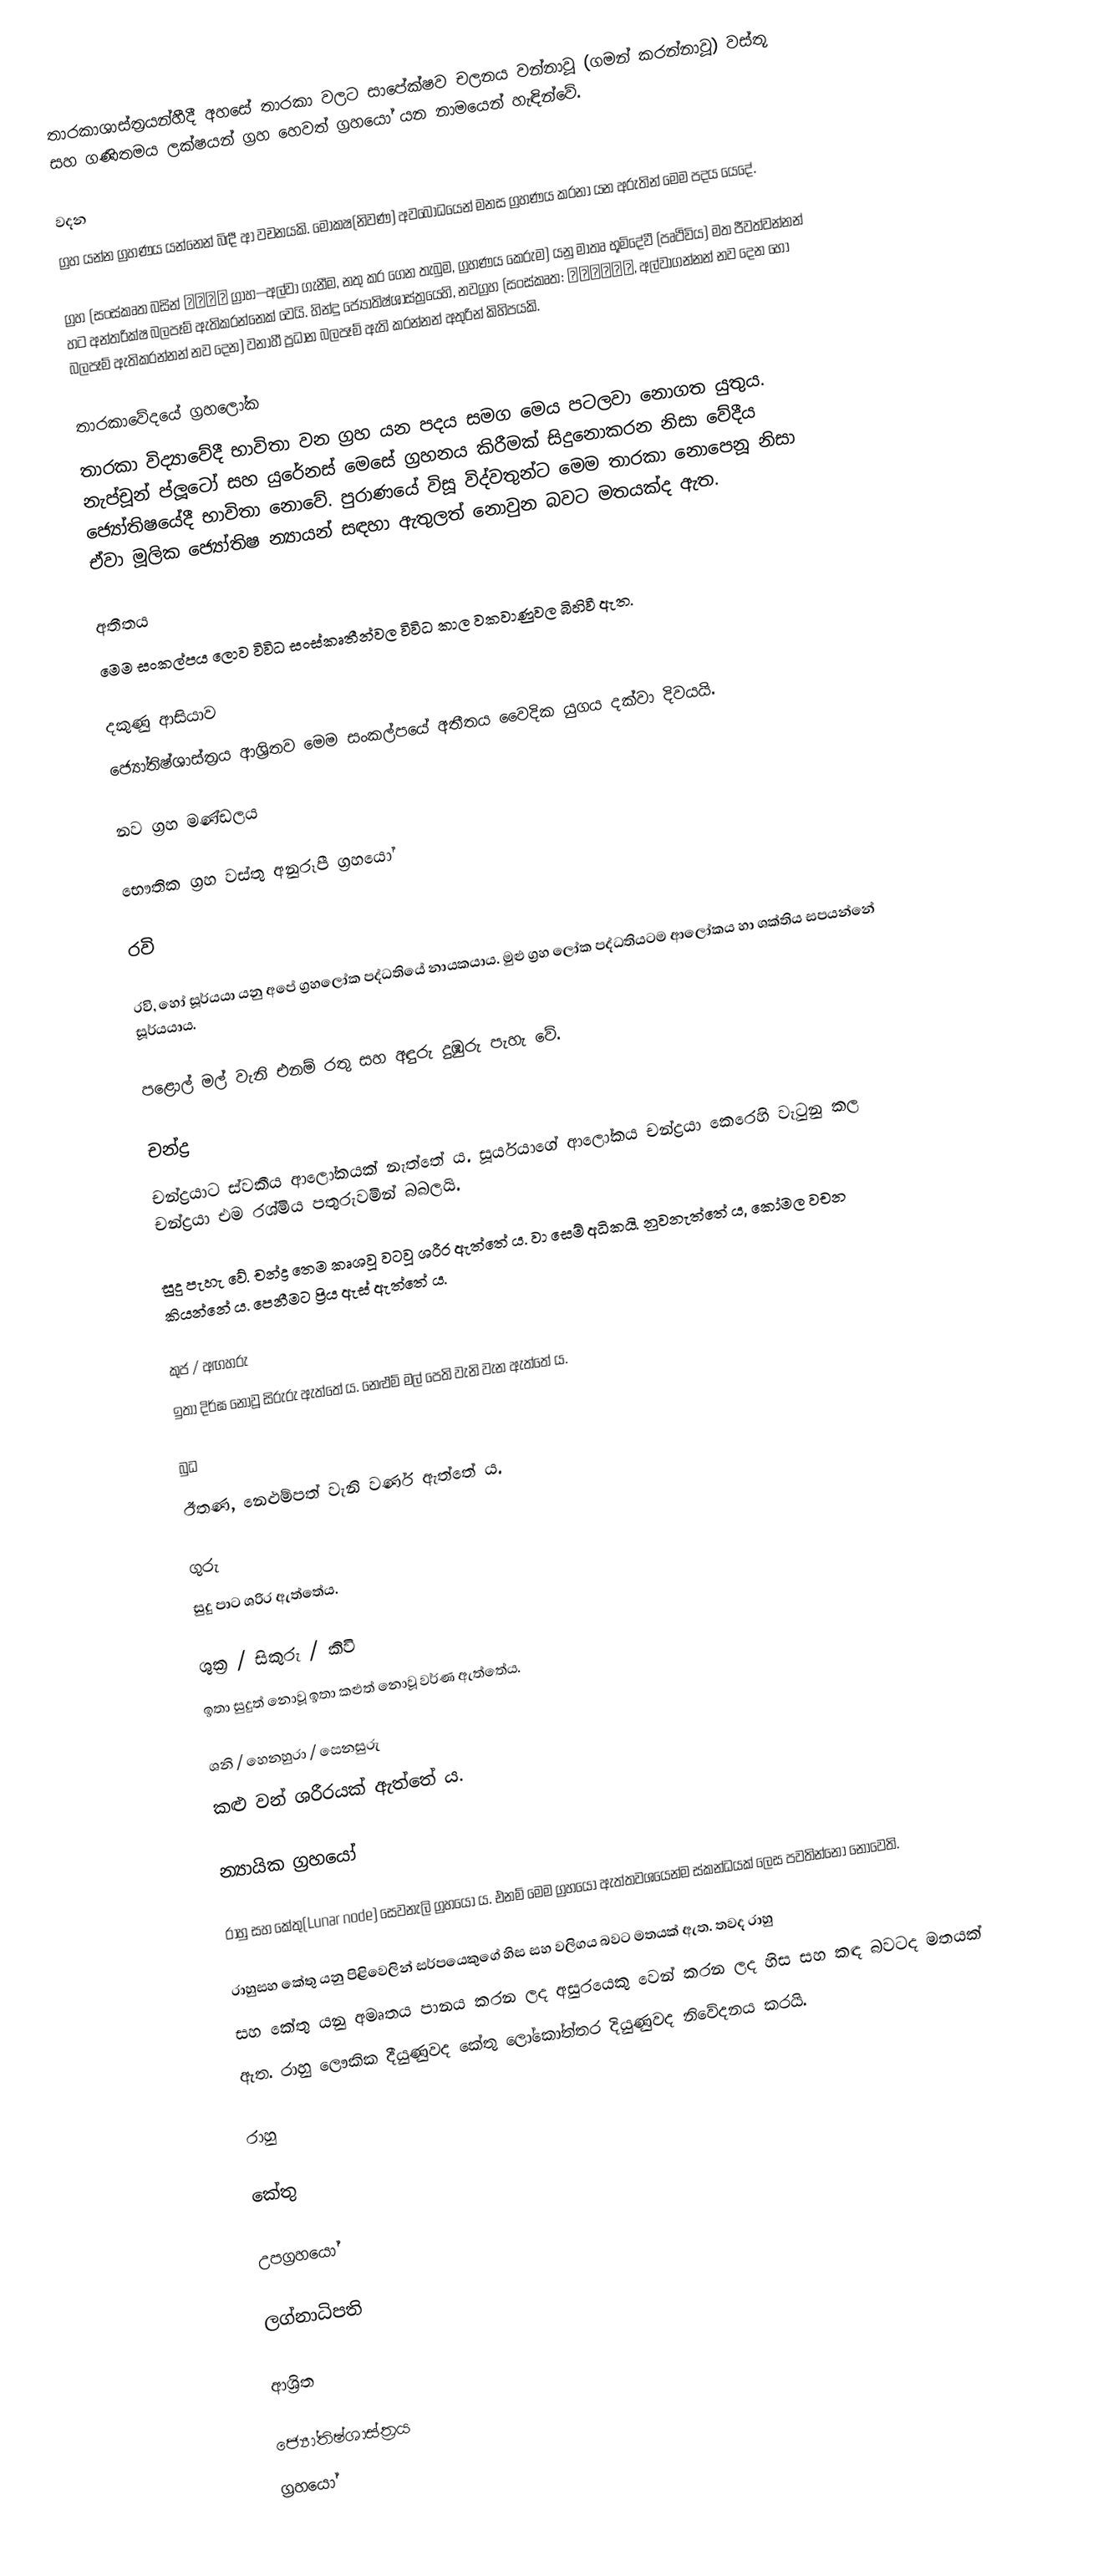
තාරකාශාස්ත්‍රයන්හීදී අහසේ තාරකා වලට සාපේක්ෂව චලනය වන්නාවූ (ගමන් කරන්නාවූ) වස්තූ සහ ගණිතමය ලක්ෂයන් ග්‍රහ හෙවත් ග්‍රහයෝ යන නාමයෙන් හැඳින්වේ.

වදන
 ග්‍රහ යන්න ග්‍රහණය යන්නෙන් බිඳී ආ වචනයකි. මෝකෂ(නිවණ) අවබෝධයෙන් මනස ග්‍රහණය කරනා යන අරුතින් මෙම පදය යෙදේ.

ග්‍රහ (සංස්කෘත බසින් ग्रह ග්‍රාහ—අල්වා ගැනීම, නතු කර ගෙන තැබුම, ග්‍රහණය කෙරුම) යනු මාතෘ  භූමිදේවී (පෘථිවිය) මත ජීවත්වන්නන් හට අන්තරික්ෂ බලපෑම් ඇතිකරන්නෙක් වෙයි.  හින්දු ජ්‍යෝතිෂ්ශාස්ත්‍රයෙහි, නවග්‍රහ (සංස්කෘත: नवग्रह, අල්වාගන්නන් නව දෙන හෝ බලපෑම් ඇතිකරන්නන් නව දෙන) වනාහී ප්‍රධාන බලපෑම් ඇති කරන්නන් අතුරින් කිහිපයකි.

තාරකාවේදයේ ග්‍රහලෝක
තාරකා විද්‍යාවේදී භාවිතා වන ග්‍රහ යන පදය සමග මෙය පටලවා නොගත ‍යුතුය. නැප්චූන් ප්ලූටෝ සහ යු‍රේනස් මෙසේ ග්‍රහනය කිරීමක් සිදුනොකරන නිසා වේදීය ජ්‍යෝතිෂයේදී භාවිතා නොවේ. පුරා‍ණයේ විසූ විද්වතුන්ට මෙම තාරකා නොපෙනූ නිසා ඒවා මූලික ජ්‍යෝතිෂ න්‍යායන් සඳහා ඇතුලත් නොවුන බවට මතයක්ද ඇත.

අතීතය
මෙම සංකල්පය ලොව විවිධ සංස්කෘතීන්වල විවිධ කාල වකවාණුවල බිහිවී ඇත.

දකුණු ආසියාව
ජ්‍යෝතිෂ්ශාස්ත්‍රය ආශ්‍රිතව මෙම සංකල්පයේ අතීතය වෛදික යුගය දක්වා දිවයයි.

නව ග්‍රහ මණ්ඩලය

භෞතික ග්‍රහ වස්තු අනුරූපී ග්‍රහයෝ

රවි

රවි, හෝ සූර්යයා යනු අපේ ග්‍රහලෝක පද්ධතියේ නායකයාය. මුළු ග්‍රහ ලෝක පද්ධතියටම ආලෝකය හා ශක්තිය සපයන්නේ සූර්යයාය.

පළොල් මල් වැනි එනම් රතු සහ අඳුරු දුඹුරු පැහැ වේ.

චන්ද්‍ර
චන්ද්‍රයාට ස්වකීය ආලෝකයක් නැත්තේ ය. සූර්යයාගේ ආලෝකය  චන්ද්‍රයා කෙරෙහි වැටුනු කල චන්ද්‍රයා එම රශ්මිය පතුරුවමින් බබලයි.

සුදු පැහැ වේ. චන්ද්‍ර තෙම කෘශවූ වටවූ ශරීර ඇත්තේ ය. වා සෙම් අධිකයි. නුවනැත්තේ ය, කෝමල වචන කියන්නේ ය. පෙනීමට ප්‍රිය ඇස් ඇත්තේ ය.

කුජ / අඟහරු
ඉතා දිර්ඝ නොවූ සිරුරු ඇත්තේ ය. නෙළුම් මල් පෙති වැනි වැන ඇත්තේ ය.

බුධ
ඊතණ, නෙළුම්පත් වැනි වර්ණ ඇත්තේ ය.

ගුරු
සුදු පාට ශරිර ඇත්තේය.

ශුක්‍ර / සිකුරු / කිවි
ඉතා සුදුත් නොවූ ඉතා කළුත් නොවූ වර්ණ ඇත්තේය.

ශනි / හෙනහුරා / සෙනසුරු
කළු වන් ශරීරයක් ඇත්තේ ය.

න්‍යායික ග්‍රහයෝ

රාහු සහ කේතු(Lunar node) සෙවනැලි ග්‍රහයෝ ය. එනම් මෙම ග්‍රහයෝ ඇත්තවශයෙන්ම ස්කන්ධයක් ලෙස පවතින්නෝ නොවෙති.

රාහුසහ කේතු යනු පිළිවෙලින් සර්පයෙකුගේ හිස සහ වලිගය බවට මතයක් ඇත. තවද රාහු
සහ කේතු යනු අමෘතය පානය කරන ලද අසුරයෙකු වෙන් කරන ලද හිස සහ කඳ බවටද මතයක්
ඇත. රාහු ලෞකික දීයුණුවද කේතු ලෝකෝත්තර දියුණුවද නිවේදනය කරයි.

රාහු

කේතු

උපග්‍රහයෝ

ලග්නාධිපති

ආශ්‍රිත

ජ්‍යෝතිෂ්ශාස්ත්‍රය
ග්‍රහයෝ